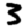
Digit: 3